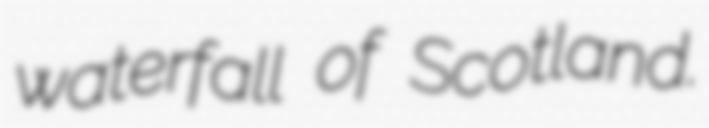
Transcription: waterfall of Scotland.